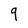
Character: 9